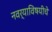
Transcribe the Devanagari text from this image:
नवर्‍याविषयीचे